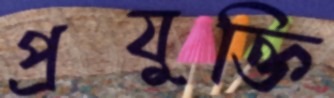
প্রযুক্তি